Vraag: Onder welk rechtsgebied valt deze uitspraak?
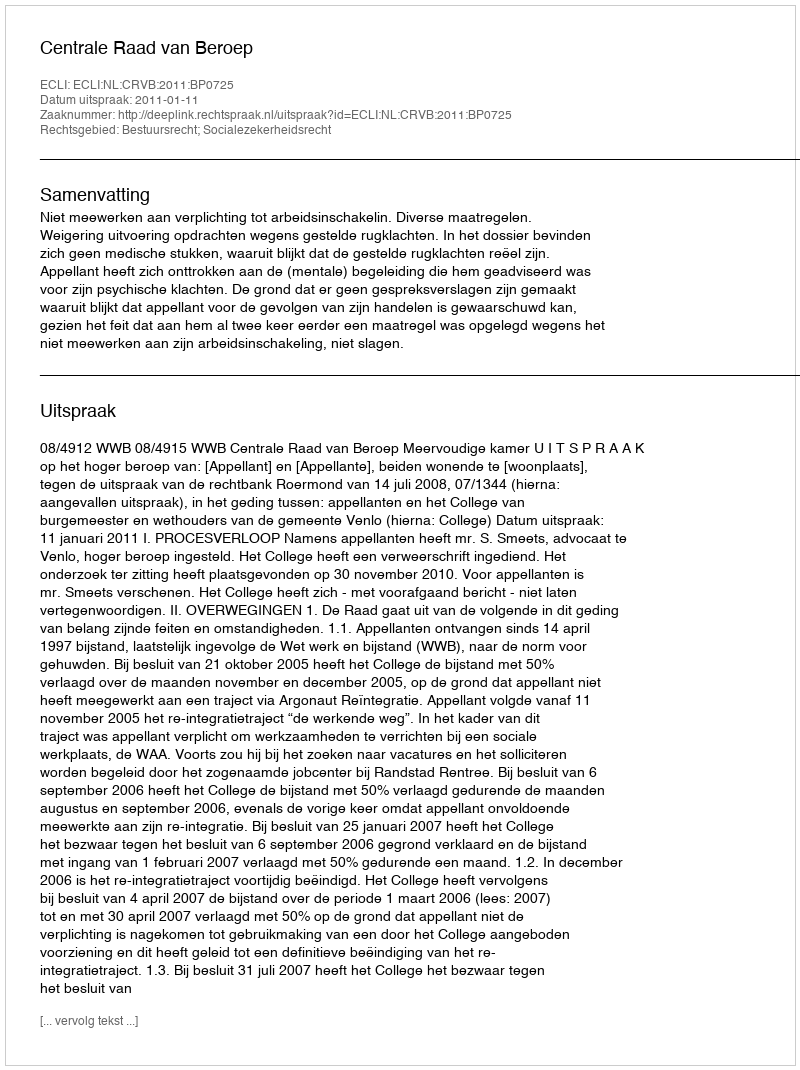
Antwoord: Bestuursrecht; Socialezekerheidsrecht